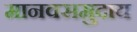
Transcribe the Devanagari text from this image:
मानवसमुदाय